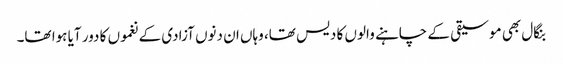
بنگال بھی موسیقی کے چاہنے والوں کا دیس تھا، وہاں ان دنوں آزادی کے نغموں کا دور آیا ہوا تھا۔